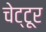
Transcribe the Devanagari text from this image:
चेट्टूर